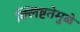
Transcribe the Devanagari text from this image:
क्लिष्टतेमुळे